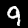
Label: 9